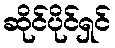
ဆိုင်ပိုင်ရှင်